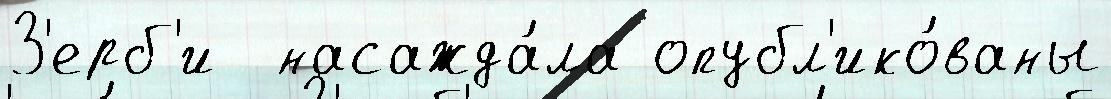
З'ерб'и  насажда́ла опубл'ико́ваны